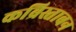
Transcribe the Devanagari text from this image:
कब्रिस्ताबन